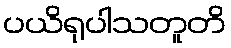
ပယိရုပါသတူတိ